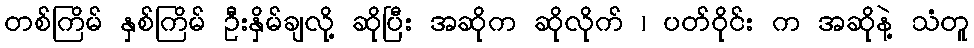
တစ်ကြိမ် နှစ်ကြိမ် ဦးနှိမ်ချလို့ ဆိုပြီး အဆိုက ဆိုလိုက် ၊ ပတ်ဝိုင်း က အဆိုနဲ့ သံတူ